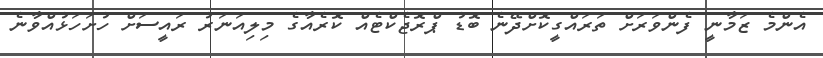
އެންމެ ޒަމާނީ ފެންވަރަށް ތަރައްގީކޮށްދޭނެ ބޮޑު ޕްރޮޖެކްޓެއް ކޮރެއާގެ މިލިއަނަރު ރައީސަށް ހުށަހަޅުއްވާނެ